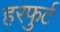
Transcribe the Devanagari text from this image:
हरफुर्ट